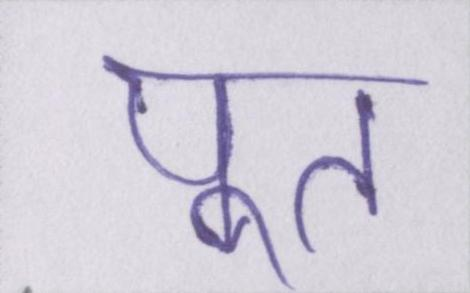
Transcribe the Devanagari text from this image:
पूत